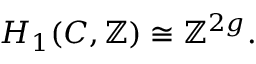
H _ { 1 } ( C , \mathbb { Z } ) \cong \mathbb { Z } ^ { 2 g } .